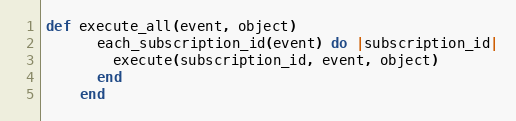
Language: Ruby
def execute_all(event, object)
      each_subscription_id(event) do |subscription_id|
        execute(subscription_id, event, object)
      end
    end